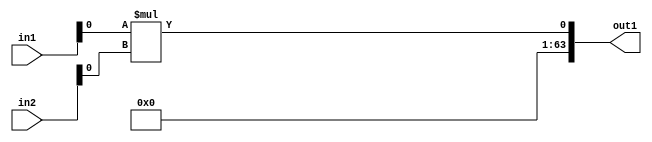
`timescale 1ps / 1ps
/*****************************************************************************
    Verilog RTL Description
    
    Generated at: 23:12:20 CST (+0800), Saturday 16 November 2019
    Generated on: ic58.cs.nthu.edu.tw
    Generated by: mc03 ()
    
    Created by: Stratus DpOpt 2017.1.02 
    Copyright (c) 2014-2015 Cadence Design Systems. All rights reserved worldwide.
    
    Cadence Design Systems proprietary and confidential
    ===================================================
    
    May contain information that incorporates Cadence Design Systems CellMath
    and other inventions claimed in Pending U.S. Patents.
    
    May contain Cadence Design Systems Trade Secrets of which use, disclosure or
    reproduction is contractually restricted or prohibited.  For more
    information, contact your legal department before any use, disclosure or
    reproduction.
*******************************************************************************/

module SobelFilter_Mul_64Sx8U_64S_1 (
	in2,
	in1,
	out1
	); /* architecture "behavioural" */ 
input [63:0] in2;
input [7:0] in1;
output [63:0] out1;
wire  asc001;

assign asc001 = 
	+(in1[0] * in2[0]);

assign out1 = {{63{1'B0}}, asc001};
endmodule

/* CADENCE  ubPyTAk= : u9/ySgnYtBlWxVDRUQkU4ug= ** DO NOT EDIT THIS LINE ******/